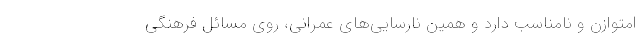
امتوازن و نامناسب دارد و همین نارسایی‌های عمرانی، روی مسائل فرهنگی